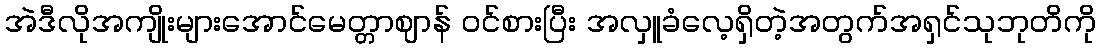
အဲဒီလိုအကျိုးများအောင်မေတ္တာဈာန် ဝင်စားပြီး အလှူခံလေ့ရှိတဲ့အတွက်အရှင်သုဘုတိကို